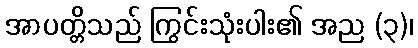
အာပတ္တိသည် ကြွင်းသုံးပါး၏ အည (၃)၊